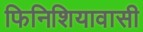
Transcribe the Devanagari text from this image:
फिनिशियावासी